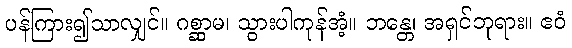
ပန်ကြား၍သာလျှင်။ ဂစ္ဆာမ၊ သွားပါကုန်အံ့။ ဘန္တေ၊ အရှင်ဘုရား။ ဧဝံ